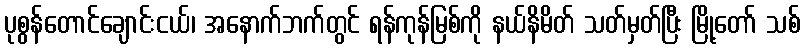
ပုစွန်တောင်ချောင်းငယ်၊ အနောက်ဘက်တွင် ရန်ကုန်မြစ်ကို နယ်နိမိတ် သတ်မှတ်ပြီး မြို့တော် သစ်